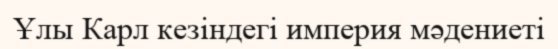
Ұлы Карл кезіндегі империя мәдениеті